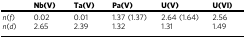
<table><thead><tr><td></td><td><b>Nb(V)</b></td><td><b>Ta(V)</b></td><td><b>Pa(V)</b></td><td><b>U(V)</b></td><td><b>U(VI)</b></td></tr></thead><tbody><tr><td><i>n</i>(<i>f</i>)</td><td>0.02</td><td>0.01</td><td>1.37 (1.37)</td><td>2.64 (1.64)</td><td>2.56</td></tr><tr><td><i>n</i>(<i>d</i>)</td><td>2.65</td><td>2.39</td><td>1.32</td><td>1.31</td><td>1.49</td></tr></tbody></table>